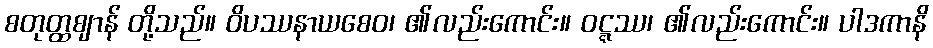
စတုတ္ထဈာန် တို့သည်။ ဝိပဿနာယစေဝ၊ ၏လည်းကောင်း။ ဝဋ္ဋဿ၊ ၏လည်းကောင်း။ ပါဒကာနိ